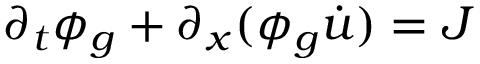
\partial _ { t } \phi _ { g } + \partial _ { x } ( \phi _ { g } \dot { u } ) = J